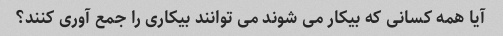
آیا همه کسانی که بیکار می شوند می توانند بیکاری را جمع آوری کنند؟